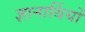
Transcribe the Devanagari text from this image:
ज्ञानार्थियों